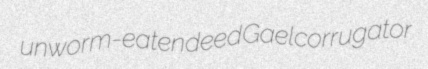
unworm-eaten deed Gael corrugator